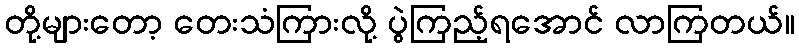
တို့များတော့ တေးသံကြားလို့ ပွဲကြည့်ရအောင် လာကြတယ်။